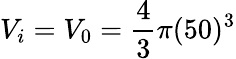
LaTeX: V_{i}=V_{0}=\frac{4}{3}\pi(50)^{3}